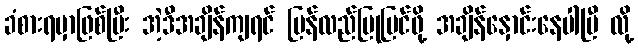
ခံစားရမှာဖြစ်ပြီး အဲ့ဒီအချိန်ကျရင် ပြန်လည်ပြုပြင်ဖို့ အချိန်နှောင်းနေပါပြီ လို့